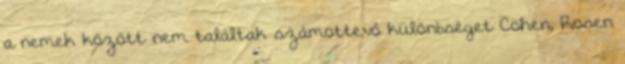
a nemek között nem találtak számottevő különbséget Cohen, Rosen